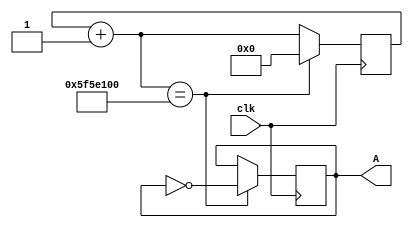

//Program for blinking LED
module example(input wire clk,output reg A);

reg[26:0] delay;

always@(posedge clk) begin
delay = delay+1;
if(delay==27'b101111101011110000100000000)
begin
delay=27'b0;
A=!A;
end
end
endmodule